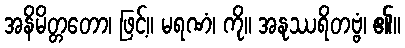
အနိမိတ္တတော၊ ဖြင့်။ မရဏံ၊ ကို။ အနုဿရိတဗ္ဗံ၊ ၏။